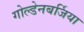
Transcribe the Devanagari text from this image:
गोल्डेनबर्जिया